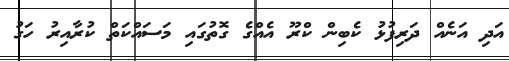
އަދި އަނެއް ދަރިފުޅު ކެބިން ކްރޫ އެއްގެ ގޮތުގައި މަސައްކަތް ކުރާއިރު ހަގު